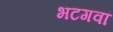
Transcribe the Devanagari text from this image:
भटगवां